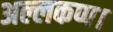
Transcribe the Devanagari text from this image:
अल्लकप्प।